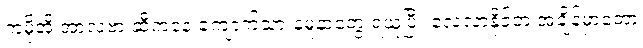
ကမိုအို အာလဗာ ဆီကနေ ကျောက်သားနမူနာတွေ ရယူပြီး လေ့လာနိုင်တဲ့ အချိန်မှာတော့